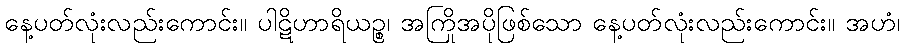
နေ့ပတ်လုံးလည်းကောင်း။ ပါဋိဟာရိယဉ္စ၊ အကြိုအပိုဖြစ်သော နေ့ပတ်လုံးလည်းကောင်း။ အဟံ၊